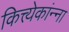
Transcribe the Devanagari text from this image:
कित्त्येकांन्ना